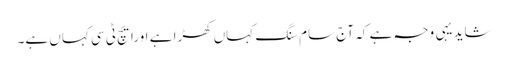
شاید یہی وجہ ہے کہ آج سام سنگ کہاں کھڑا ہے اورایچ ٹی سی کہاں ہے۔